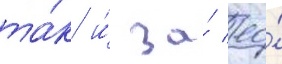
та́к и́ за́ ео́